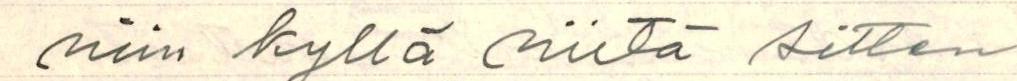
niin kyllä niitä sitten